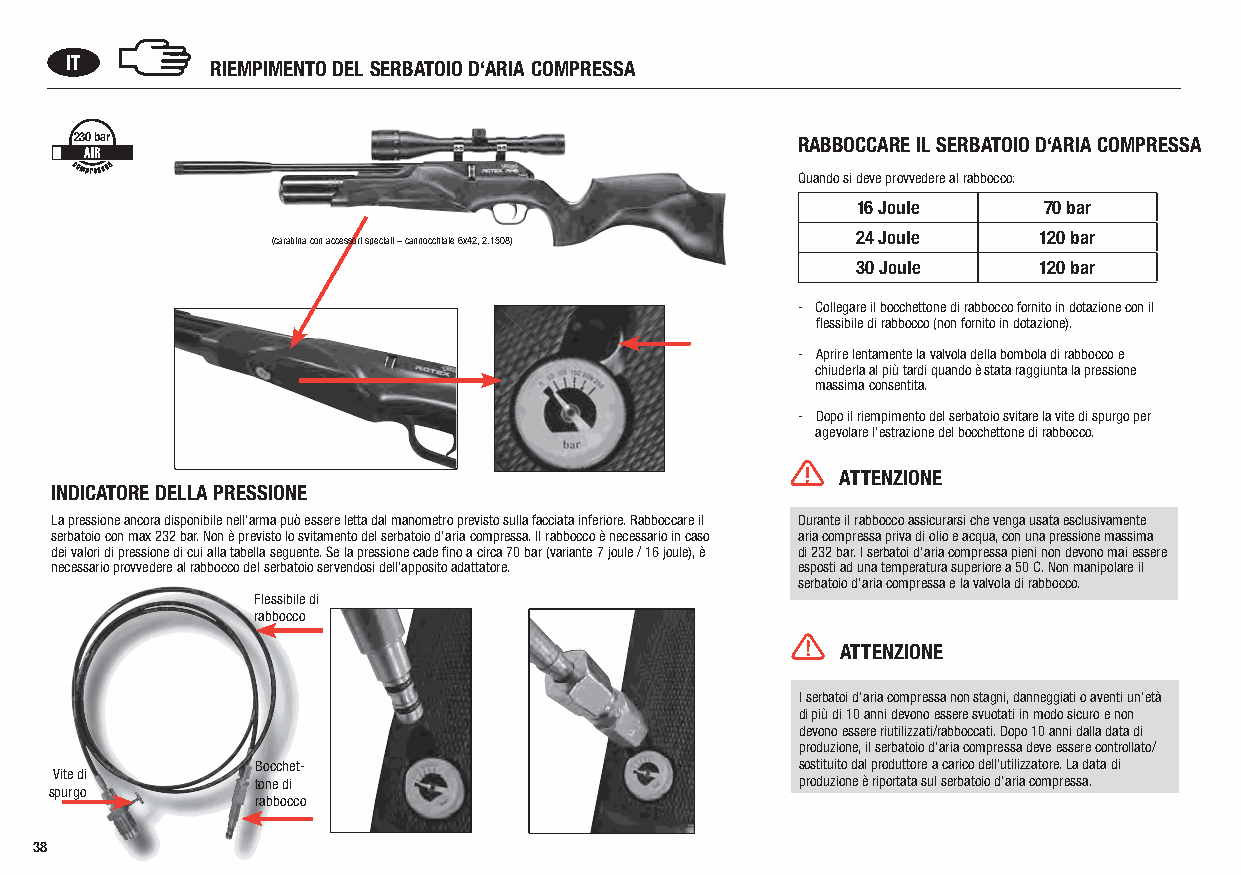
IT        RIEMPIMENTO DEL SERBATOIO D‘ARIA COMPRESSA
 230 bar                                         RABBOCCARE IL SERBATOIO D‘ARIA COMPRESSA
 Quando si deve provvedere al rabbocco:
 16 Joule    70 bar
 24 Joule    120 bar
 (carabina con accessori speciali – cannocchiale 6x42, 2.1508)
 30 Joule    120 bar
 - Collegare il bocchettone di rabbocco fornito in dotazione con il
 flessibile di rabbocco (non fornito in dotazione).
 - Aprire lentamente la valvola della bombola di rabbocco e
 chiuderla al più tardi quando è stata raggiunta la pressione
 massima consentita.
 - Dopo il riempimento del serbatoio svitare la vite di spurgo per
 agevolare l‘estrazione del bocchettone di rabbocco.
 ATTENZIONE
 INDICATORE DELLA PRESSIONE
 La pressione ancora disponibile nell‘arma può essere letta dal manometro previsto sulla facciata inferiore. Rabboccare il Durante il rabbocco assicurarsi che venga usata esclusivamente
 serbatoio con max 232 bar. Non è previsto lo svitamento del serbatoio d‘aria compressa. Il rabbocco è necessario in caso aria compressa priva di olio e acqua, con una pressione massima
 dei valori di pressione di cui alla tabella seguente. Se la pressione cade fino a circa 70 bar (variante 7 joule / 16 joule), è di 232 bar. I serbatoi d’aria compressa pieni non devono mai essere
 necessario provvedere al rabbocco del serbatoio servendosi dell‘apposito adattatore. esposti ad una temperatura superiore a 50 C. Non manipolare il
 serbatoio d‘aria compressa e la valvola di rabbocco.
 Flessibile di
 rabbocco
 ATTENZIONE
 I serbatoi d‘aria compressa non stagni, danneggiati o aventi un‘età
 di più di 10 anni devono essere svuotati in modo sicuro e non
 devono essere riutilizzati/rabboccati. Dopo 10 anni dalla data di
 produzione, il serbatoio d‘aria compressa deve essere controllato/
 Bocchet-                            sostituito dal produttore a carico dell‘utilizzatore. La data di
 Vite di
 tone di                             produzione è riportata sul serbatoio d‘aria compressa.
 spurgo
 rabbocco
 38